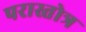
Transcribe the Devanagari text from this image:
परास्तोत्र